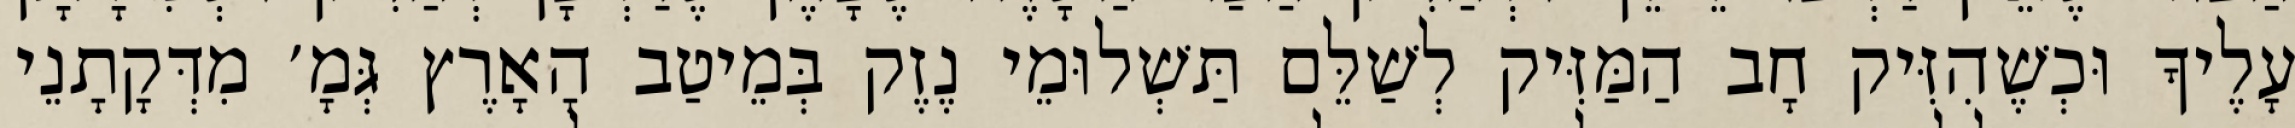
עָלֶיךָ וּכְשֶׁהִזִּיק חָב הַמַּזִּיק לְשַׁלֵּם תַּשְׁלוּמֵי נֶזֶק בְּמֵיטַב הָאָרֶץ גְּמָ׳ מִדְּקָתָנֵי